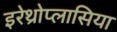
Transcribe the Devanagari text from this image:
इरेथ्रोप्लासिया